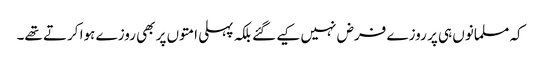
کہ مسلمانوں ہی پر روزے فرض نہیں کیے گئے بلکہ پہلی امتوں پر بھی روزے ہوا کرتے تھے۔